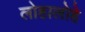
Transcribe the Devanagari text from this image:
लोहालोहे